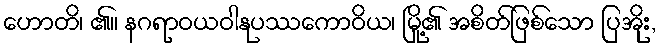
ဟောတိ၊ ၏။ နဂရာဝယဝါနုပဿကောဝိယ၊ မြို့၏ အစိတ်ဖြစ်သော ပြအိုး,